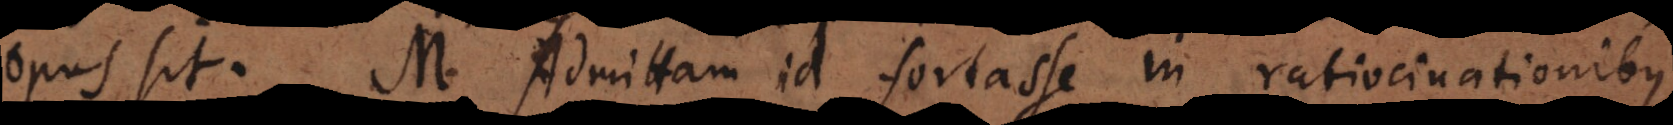
l M. Admittam id fortasse in ratiocinationibus